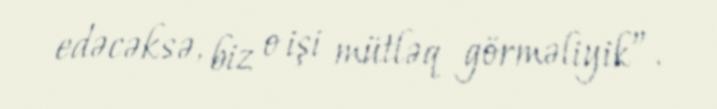
edəcəksə, biz o işi mütləq görməliyik”.